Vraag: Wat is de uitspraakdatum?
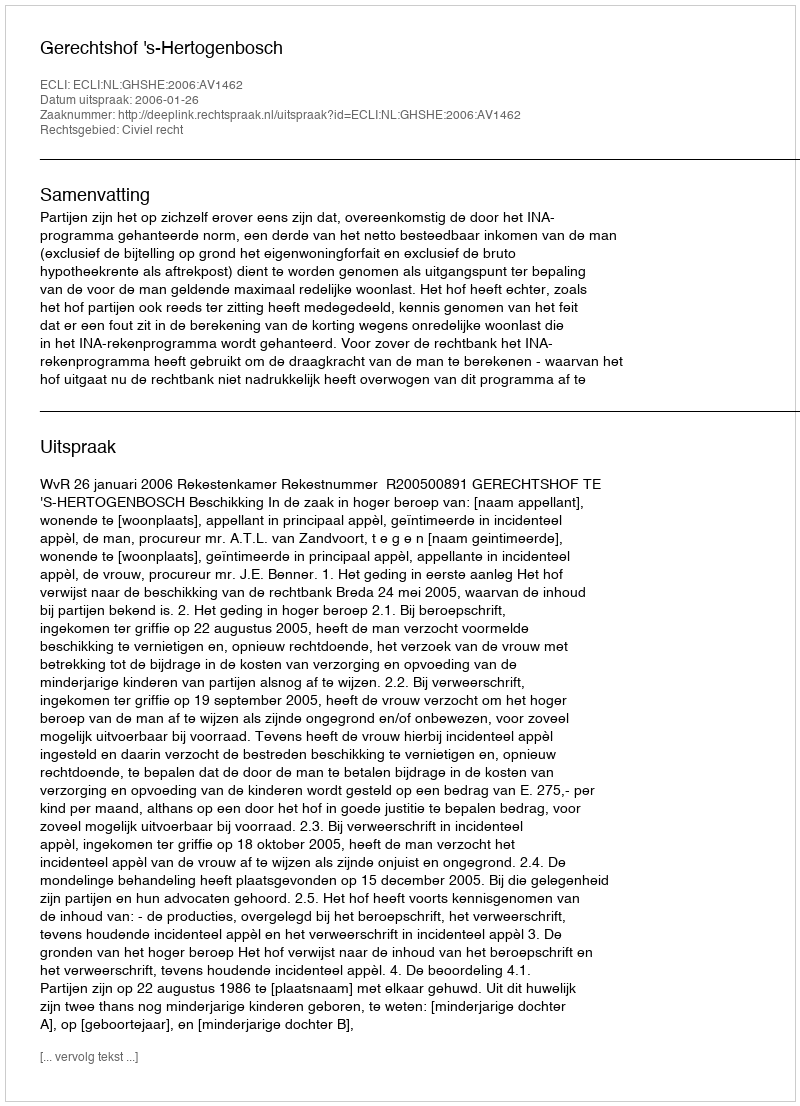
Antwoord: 2006-01-26